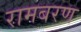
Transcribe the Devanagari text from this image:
रामबरण